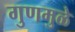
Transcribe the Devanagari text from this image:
गुणमुळे